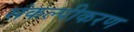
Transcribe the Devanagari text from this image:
संकल्पीकरण